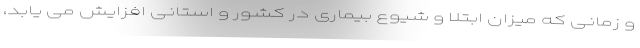
و زمانی که میزان ابتلا و شیوع بیماری در کشور و استانی افزایش می یابد،